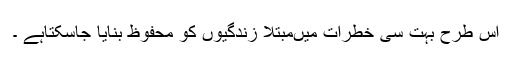
اس طرح بہت سی خطرات میںمبتلا زندگیوں کو محفوظ بنایا جاسکتاہے ۔